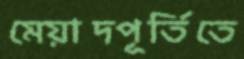
মেয়াদপূর্তিতে